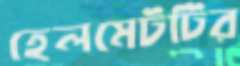
হেলমেটটির